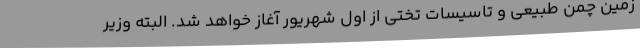
زمین چمن طبیعی و تاسیسات تختی از اول شهریور آغاز خواهد شد. البته وزیر